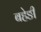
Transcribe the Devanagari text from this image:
बहेङी